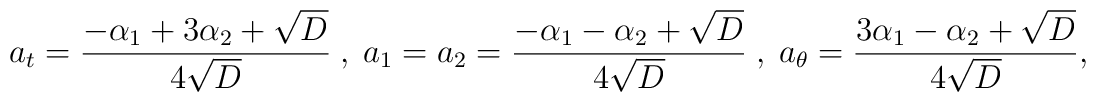
a_t = \frac{- \alpha_1 + 3 \alpha_2 + \sqrt{D}}{4 \sqrt{D}} \ , \   a_1 =  a_2 = \frac{- \alpha_1 - \alpha_2 + \sqrt{D}}{4 \sqrt{D}} \ , \   a_{\theta} = \frac{3 \alpha_1 - \alpha_2 + \sqrt{D}}{4 \sqrt{D}} ,